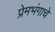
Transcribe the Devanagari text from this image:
प्रेमभंगाचे